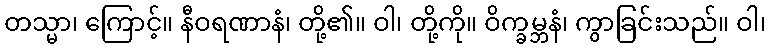
တသ္မာ၊ ကြောင့်။ နီဝရဏာနံ၊ တို့၏။ ဝါ၊ တို့ကို။ ဝိက္ခမ္ဘနံ၊ ကွာခြင်းသည်။ ဝါ၊